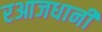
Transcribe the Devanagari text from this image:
रआजधानी